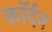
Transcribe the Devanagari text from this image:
कॉर्दन